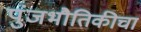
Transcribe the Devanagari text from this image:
पुंजभौतिकीचा